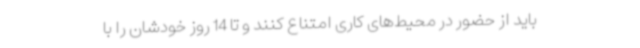
باید از حضور در محیط‌های کاری امتناع کنند و تا 14 روز خودشان را با